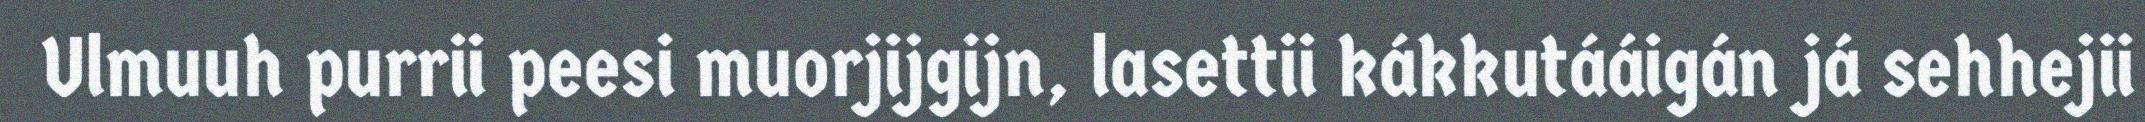
Ulmuuh purrii peesi muorjijgijn, lasettii kákkutááigán já sehhejii